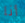
أنا